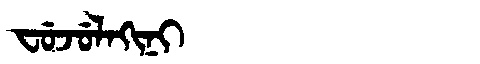
Manchu: ᠸᡠᠵᡠᠯᠠᡴᡳᠨᡳ
Romanization: FUJULAKINI